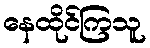
နေထိုင်ကြသူ